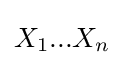
X_{1}...X_{n}